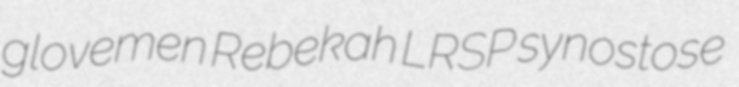
glovemen Rebekah LRSP synostose